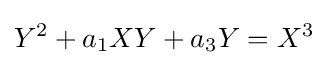
Y^{2}+a_{1}XY+a_{3}Y=X^{3}